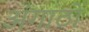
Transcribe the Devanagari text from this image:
अंगाठों